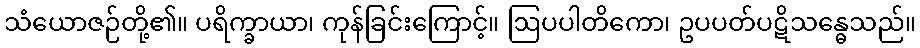
သံယောဇဉ်တို့၏။ ပရိက္ခာယာ၊ ကုန်ခြင်းကြောင့်။ ဩပပါတိကော၊ ဥပပတ်ပဋိသန္ဓေသည်။